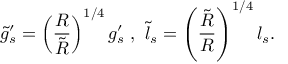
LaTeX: \tilde { g } _ { s } ^ { \prime } = \left( \frac { R } { \tilde { R } } \right) ^ { 1 / 4 } g _ { s } ^ { \prime } \ , \ \tilde { l } _ { s } = \left( \frac { \tilde { R } } { R } \right) ^ { 1 / 4 } l _ { s } .